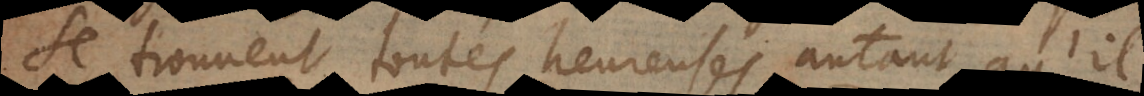
se trouvent toutes heureuses autant qu’il